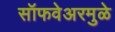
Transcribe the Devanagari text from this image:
सॉफवेअरमुळे